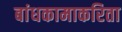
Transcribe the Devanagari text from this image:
बांधकामाकरिता